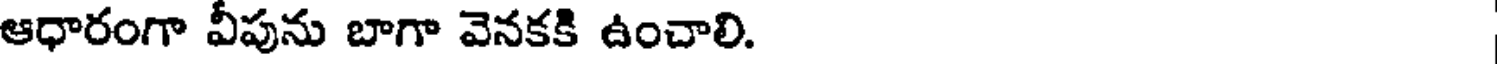
ఆధారంగా వీపును బాగా వెనకకి ఉంచాలి.